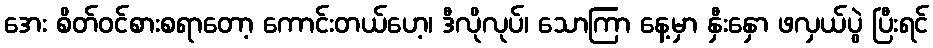
အေး စိတ်ဝင်စားစရာတော့ ကောင်းတယ်ဟေ့၊ ဒီလိုလုပ်၊ သောကြာ နေ့မှာ နှီးနှော ဖလှယ်ပွဲ ပြီးရင်